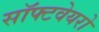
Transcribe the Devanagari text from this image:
सॉफ्टवेयरो